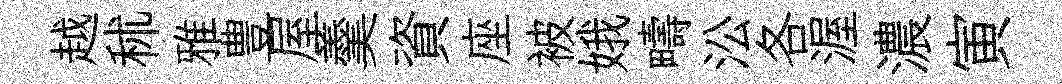
越秫雅豊屋羹資座被娥疇㳂各渥濃寅